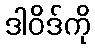
ဒါဝိဒ်ကို